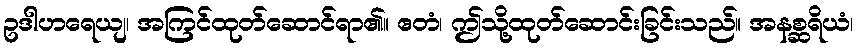
ဥဒါဟရေယျ၊ အကြင်ထုတ်ဆောင်ရာ၏။ ဧတံ၊ ဤသို့ထုတ်ဆောင်းခြင်းသည်။ အနစ္ဆရိယံ၊